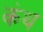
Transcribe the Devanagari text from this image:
कंथ